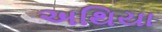
અથિયા